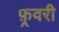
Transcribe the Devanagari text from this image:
फ़्रवरी